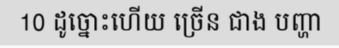
10 ដូច្នោះហើយ ច្រើន ជាង បញ្ហា